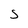
Character: S